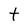
Character: t